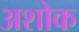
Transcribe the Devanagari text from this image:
अशोक